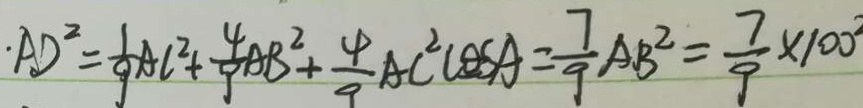
\cdot A D ^ { 2 } = \frac { 1 } { 9 } A C ^ { 2 } + \frac { 4 } { 9 } A B ^ { 2 } + \frac { 4 } { 9 } A C ^ { 2 } \cos A = \frac { 7 } { 9 } A B ^ { 2 } = \frac { 7 } { 9 } \times 1 0 0 ^ { 2 }